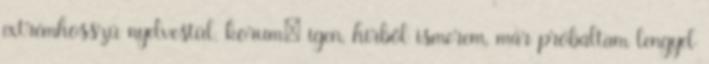
extrémhosszú nyelvestül. korum: igen, hírből ismerem, már próbáltam lengyel